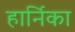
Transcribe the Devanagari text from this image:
हार्निका